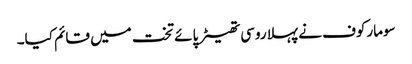
سومارکوف نے پہلا روسی تھیٹر پائے تخت میں قائم کیا۔